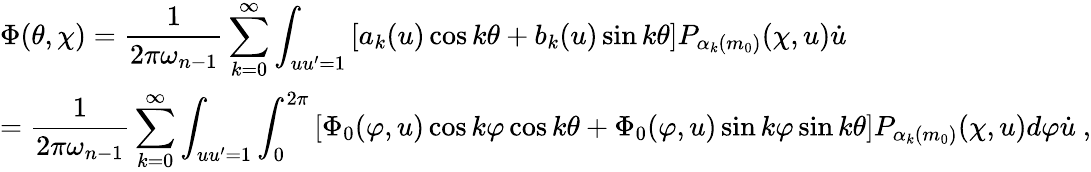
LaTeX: \begin{array}{l}{{\Phi(\theta,\chi)=\displaystyle\frac{1}{2\pi\omega_{n-1}}\sum_{k=0}^{\infty}\int_{uu^{\prime}=1}\left[a_{k}(u)\cos k\theta+b_{k}(u)\sin k\theta\right]P_{\alpha_{k}(m_{0})}(\chi,u)\dot{u}}}\\ {{=\displaystyle\frac{1}{2\pi\omega_{n-1}}\sum_{k=0}^{\infty}\int_{uu^{\prime}=1}\int_{0}^{2\pi}\left[\Phi_{0}(\varphi,u)\cos k\varphi\cos k\theta+\Phi_{0}(\varphi,u)\sin k\varphi\sin k\theta\right]P_{\alpha_{k}(m_{0})}(\chi,u)d\varphi\dot{u}~,}}\end{array}